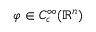
\varphi \in C _ { c } ^ { \infty } ( \mathbb { R } ^ { n } )